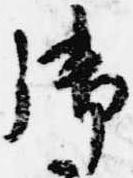
御